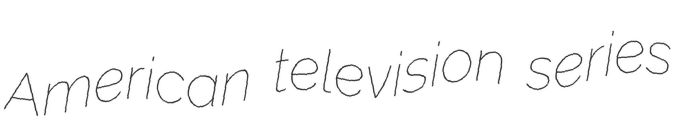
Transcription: American television series